Vaccination Hyderabad 1872-1889 - 1872-1889
Year: 1872
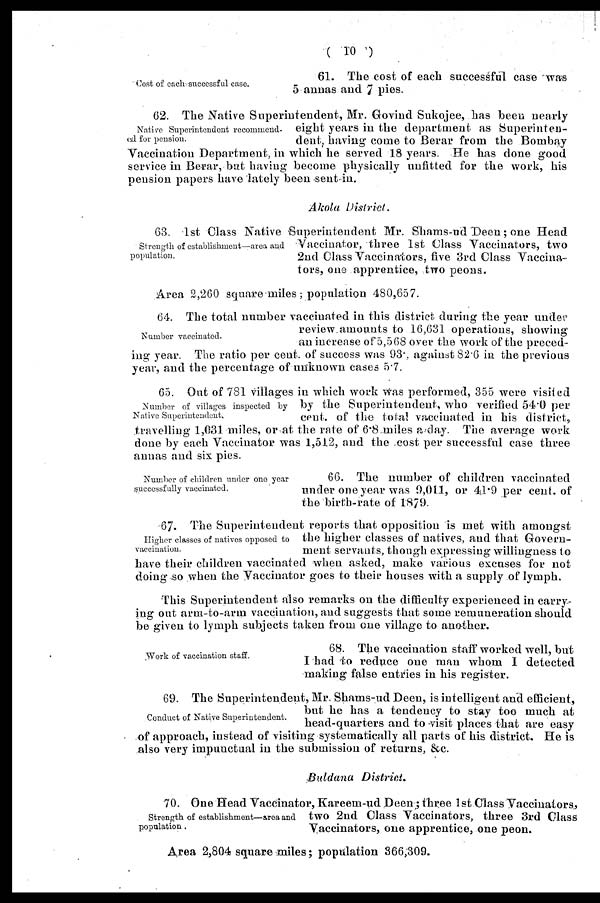
( 10 )
Cost of each successful case.
61. The cost of each successful case was
5 annas and 7 pies.
Native Superintendent recommend-
ed, for pension.
62. The Native Superintendent, Mr. Govind Sukojee, has been nearly
eight years in the department as Superinten-
dent, having come to Berar from the Bombay
Vaccination Department, in which he served 18 years. He has done good
service in Berar, but having become physically unfitted for the work, his
pension papers have lately been sent in.
Akola District.
Strength of establishment—area and
population.
63. 1st Class Native Superintendent Mr. Shams-ud Deen; one Head
Vaccinator, three 1st Class Vaccinators, two
2nd Class Vaccinators, five 3rd Class Vaccina-
tors, one apprentice, two peons.
Area 2,260 square miles; population 480,657.
Number vaccinated.
64. The total number vaccinated in this district during the year under
review.amounts to 16,631 operations, showing
an increase of 5,568 over the work of the preced-
ing year. The ratio per cent. of success was 93. , against 82.6 in the previous
year, and the percentage of unknown cases 5.7.
Number of villages inspected by
Native Superintendent.
65. Out of 781 villages in which work was performed, 355 were visited
by the Superintendent, who verified 54.0 per
cent. of the total vaccinated in his district,
travelling 1,031 miles, or at the rate of 6.8 .miles a day. The average work
done by each Vaccinator was 1,512, and the .cost per successful case three
annas and six pies.
Number of children under one year
successfully vaccinated.
66. The number of children vaccinated
under one year was 9,011, or 41.9 per cent. of
the birth-rate of 1879.
Higher classes of natives opposed to
vaccination.
67. The Superintendent reports that opposition is met with amongst
the higher classes of natives, and that Govern-
ment servants, though expressing willingness to
have their children vaccinated when asked, make various excuses for not
doing so when the Vaccinator goes to their houses with a supply of lymph.
This Superintendent also remarks on the difficulty experienced in carry-
ing out arm-to-arm vaccination, and suggests that some remuneration should
be given to lymph subjects taken from one village to another.
Work of vaccination staff.
68. The vaccination staff worked well, but
I had to reduce one man whom I detected
making false entries in his register.
Conduct of Native Superintendent.
69. The Superintendent, Mr. Shams-ud Deen, is intelligent and efficient
but he has a tendency to stay too much at
head-quarters and to visit places that are easy
of approach, instead of visiting systematically all parts of his district. He is
also very impunctual in the submission of returns, &c.
Buldana District.
Strength of establishment—area and
population.
70. One Head Vaccinator, Kareem-ud Deen; three 1 st Class Vaccinators,
two 2nd Class Vaccinators, three 3rd Class
Vaccinators, one apprentice, one peon.
Area 2,804 square miles; population 366,309.